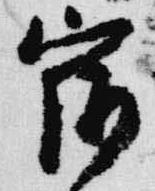
宿